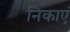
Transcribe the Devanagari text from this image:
निकाएं